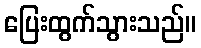
ပြေးထွက်သွားသည်။